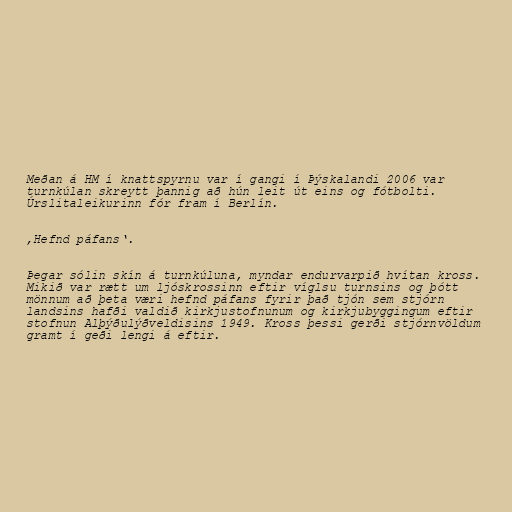
Meðan á HM í knattspyrnu var í gangi í Þýskalandi 2006 var
turnkúlan skreytt þannig að hún leit út eins og fótbolti.
Úrslitaleikurinn fór fram í Berlín.

‚Hefnd páfans‘.

Þegar sólin skín á turnkúluna, myndar endurvarpið hvítan kross.
Mikið var rætt um ljóskrossinn eftir víglsu turnsins og þótt
mönnum að þeta væri hefnd páfans fyrir það tjón sem stjórn
landsins hafði valdið kirkjustofnunum og kirkjubyggingum eftir
stofnun Alþýðulýðveldisins 1949. Kross þessi gerði stjórnvöldum
gramt í geði lengi á eftir.